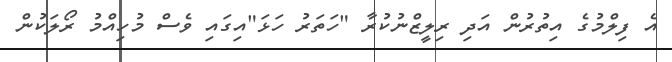
އެ ފިލްމުގެ އިތުރުން އަދި ރިލީޒްނުކުރާ "ހަތަރު ހަޅަ"އިގައި ވެސް މުހިއްމު ރޯލަކުން